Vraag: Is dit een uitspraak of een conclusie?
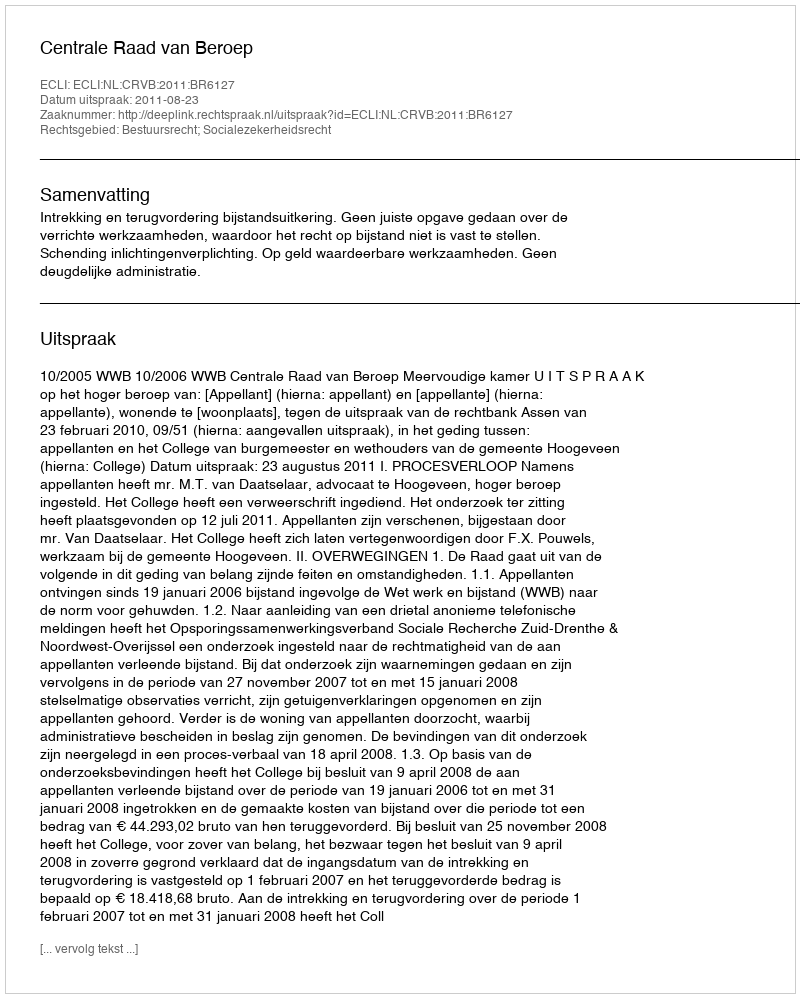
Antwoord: Uitspraak